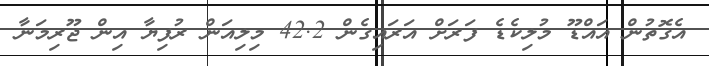
އެގޮތުން އައްޑޫ މުލިކެޑެ ފަރަށް އަރައިގެން 42.2 މިލިއަން ރުފިޔާ އިން ޖޫރިމަނާ